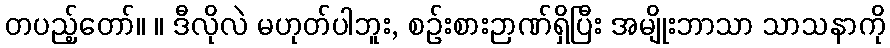
တပည့်တော်။ ။ ဒီလိုလဲ မဟုတ်ပါဘူး, စဉ်းစားဉာဏ်ရှိပြီး အမျိုးဘာသာ သာသနာကို